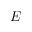
E